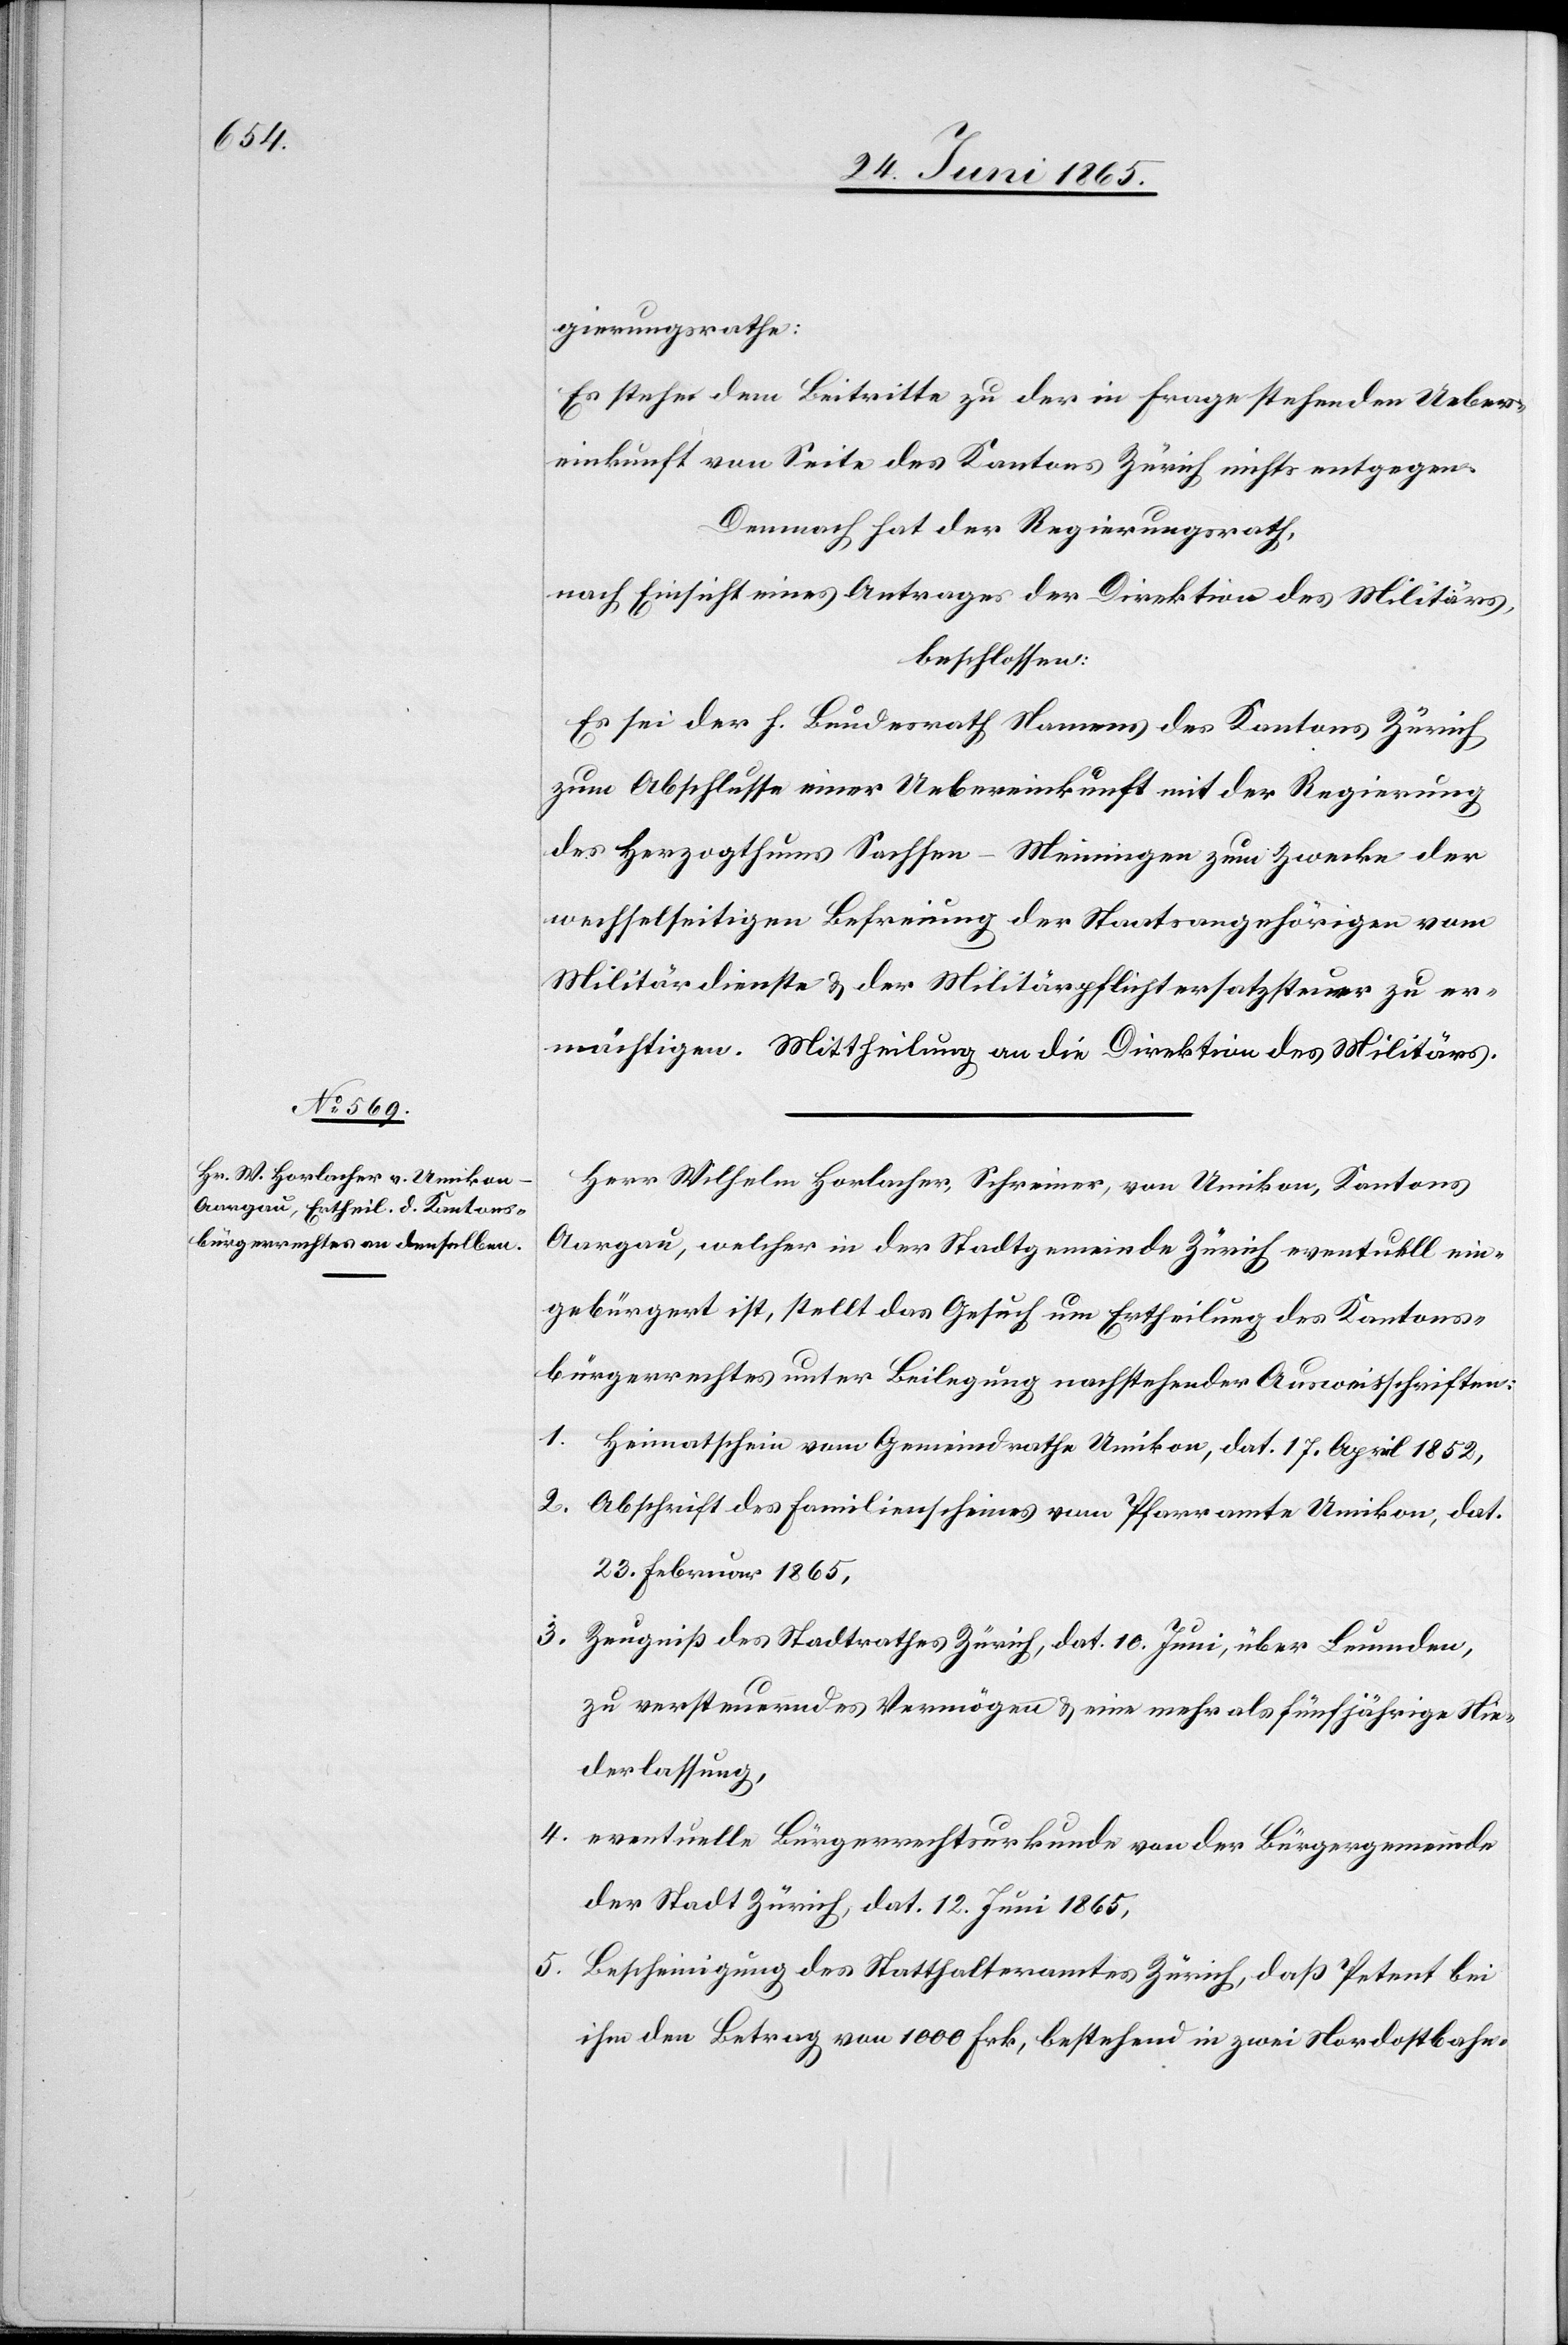
gierungsrathe:
Es stehe dem Beitritte zu der in Frage stehenden Ueber¬
einkunft von Seite des Kantons Zürich nichts entgegen.
Demnach hat der Regierungsrath,
nach Einsicht eines Antrages der Direktion des Militärs,
beschlossen:
Es sei der h. Bundesrath Namens des Kantons Zürich
zum Abschlusse einer Uebereinkunft mit der Regierung
des Herzogthums Sachsen-Meiningen zum Zwecke der
wechselseitigen Befreiung der Staatsangehörigen vom
Militärdienste & der Militärpflichtersatzsteuer zu er¬
mächtigen. Mittheilung an die Direktion des Militärs.
Herr Wilhelm Horlacher, Schreiner, von Umikon, Kantons
Aargau, welcher in der Stadtgemeinde Zürich eventuell ein¬
gebürgert ist, stellt das Gesuch um Ertheilung des Kantons¬
bürgerrechtes unter Beilegung nachstehender Ausweisschriften:
1. Heimatschein vom Gemeindrathe Umikon, dat. 17. April 1852,
2.
Abschrift des Familienscheines vom Pfarramte Umikon, dat.
23. Februar 1865,
3. Zeugniß des Stadtrathes Zürich, dat. 10. Juni, über Leumden,
zu versteuerndes Vermögen & eine mehr als fünfjährige Nie¬
derlassung,
4.
eventuelle Bürgerrechtsurkunde von der Bürgergemeinde
der Stadt Zürich, dat. 12. Juni 1865,
5. Bescheinigung des Statthalteramtes Zürich, daß Petent bei
ihm den Betrag von 1000 Frk., bestehend in zwei Nordostbahn-